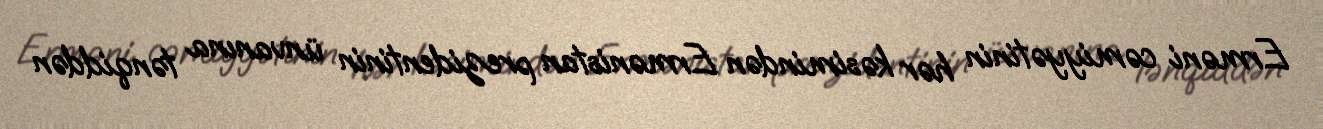
Erməni cəmiyyətinin hər kəsimindən Ermənistan prezidentinin ünvanına tənqiddən